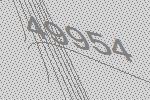
49954